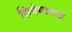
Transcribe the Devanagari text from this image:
सिनेमाकडे